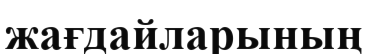
жағдайларының